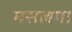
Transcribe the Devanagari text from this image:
मसलगा